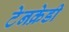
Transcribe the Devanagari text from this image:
टेनक्रेडी